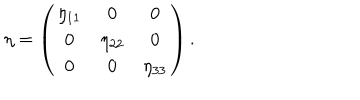
\eta = \left( \begin{array} { c c c } { { \eta _ { 1 1 } } } & { { 0 } } & { { 0 } } \\ { { 0 } } & { { \eta _ { 2 2 } } } & { { 0 } } \\ { { 0 } } & { { 0 } } & { { \eta _ { 3 3 } } } \\ \end{array} \right) .